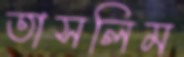
তাসলিম